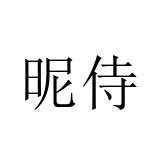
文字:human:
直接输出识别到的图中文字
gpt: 昵侍